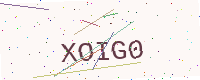
Text: XOIG0